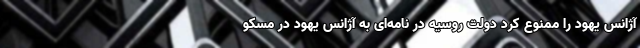
آژانس یهود را ممنوع کرد دولت روسیه در نامه‌ای به آژانس یهود در مسکو